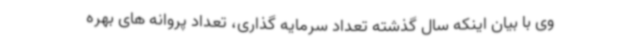
وی با بیان اینکه سال گذشته تعداد سرمایه گذاری، تعداد پروانه های بهره